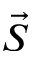
\vec { S }